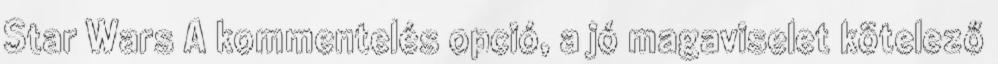
Star Wars A kommentelés opció, a jó magaviselet kötelező